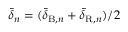
\bar { \delta } _ { n } = ( \bar { \delta } _ { \mathrm { B } , n } + \bar { \delta } _ { \mathrm { R } , n } ) / 2